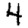
Digit: 4